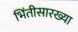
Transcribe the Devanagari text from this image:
भिंतीसारख्या